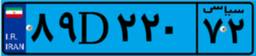
۸۹D۲۲۰۷۲